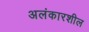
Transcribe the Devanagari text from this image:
अलंकारशील